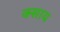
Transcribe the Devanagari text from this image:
क्साय